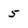
Character: 5